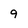
Character: 9